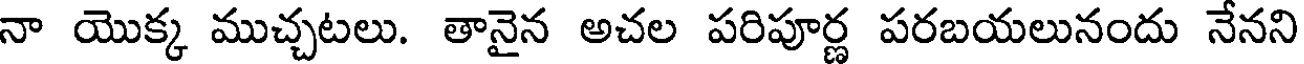
నా యొక్క ముచ్చటలు. తానైన అచల పరిపూర్ణ పరబయలునందు నేనని